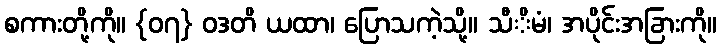
စကားတို့ကို။ {၀၇} ဝဒတိ ယထာ၊ ပြောသကဲ့သို့။ သီိမံ၊ အပိုင်းအခြားကို။